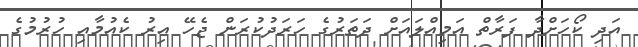
އަދި ކޯހަށްދާ ފަރާތް އަމިއްލައަށް ދަތަރުގެ ހަރަދުކުރަން ޖެހޭ އިރު ކެއުމާއި ހުރުމުގެ